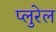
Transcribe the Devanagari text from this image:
प्लुरेल